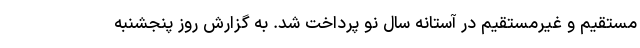
مستقیم و غیرمستقیم در آستانه سال نو پرداخت شد. به گزارش روز پنجشنبه